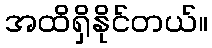
အထိရှိနိုင်တယ်။